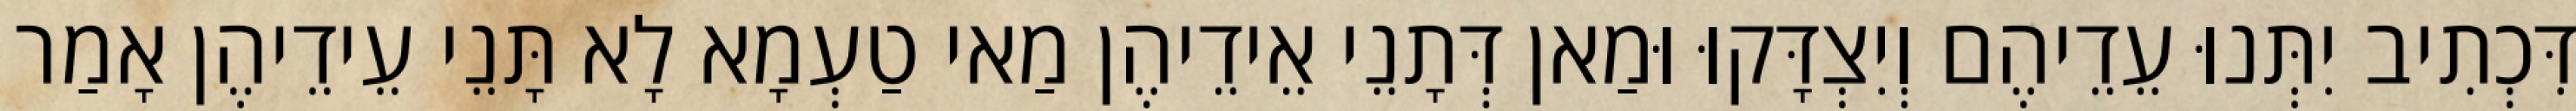
דִּכְתִיב יִתְּנוּ עֵדֵיהֶם וְיִצְדָּקוּ וּמַאן דְּתָנֵי אֵידֵיהֶן מַאי טַעְמָא לָא תָּנֵי עֵידֵיהֶן אָמַר